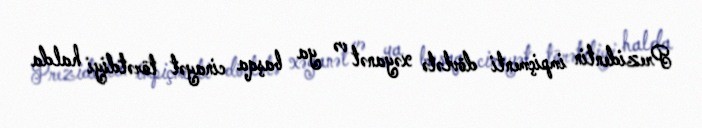
Prezidentin impiçmenti dövlətə xəyanət və ya başqa cinayət törətdiyi halda